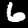
Label: 6